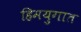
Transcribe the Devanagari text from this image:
हिमयुगात